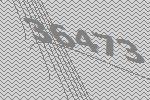
36473